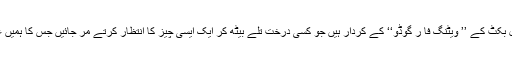
ہم کیا سیموئل بکٹ کے ’’ ویٹنگ فا ر گوڈو‘‘ کے کردار ہیں جو کسی درخت تلے بیٹھ کر ایک ایسی چیز کا انتظار کرتے مر جائیں جس کا ہمیں علم ہی نہ ہو؟